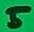
Text: 5